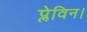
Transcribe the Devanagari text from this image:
प्लेविन।